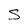
Character: S